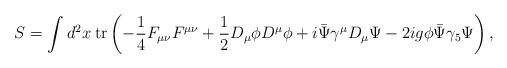
LaTeX: \begin{align*}S = \int d^2 x \hspace{1mm} \mbox{tr} \left(-\frac{1}{4} F_{\mu \nu}F^{\mu \nu}+\frac{1}{2}D_\mu \phi D^\mu \phi +i \bar{\Psi}\gamma^\mu D_{\mu}\Psi -2ig\phi\bar{\Psi}\gamma_5\Psi \right),\end{align*}